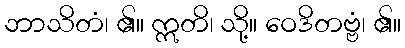
ဘာသိတံ၊ ၏။ ဣတိ၊ သို့။ ဝေဒိတဗ္ဗံ၊ ၏။